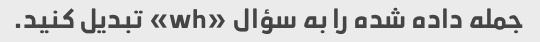
جمله داده شده را به سؤال «wh» تبدیل کنید.